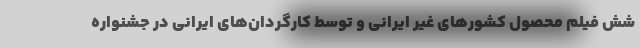
شش فیلم محصول کشورهای غیر ایرانی و توسط کارگردان‌های ایرانی در جشنواره